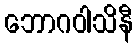
ဘောဂဝါသိနီ